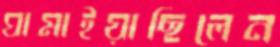
ঘামাইয়াছিলেন